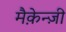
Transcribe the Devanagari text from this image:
मैक़ेन्ज़ी